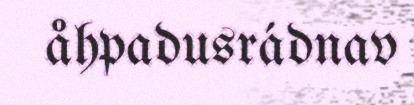
åhpadusrádnav